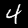
Label: 4